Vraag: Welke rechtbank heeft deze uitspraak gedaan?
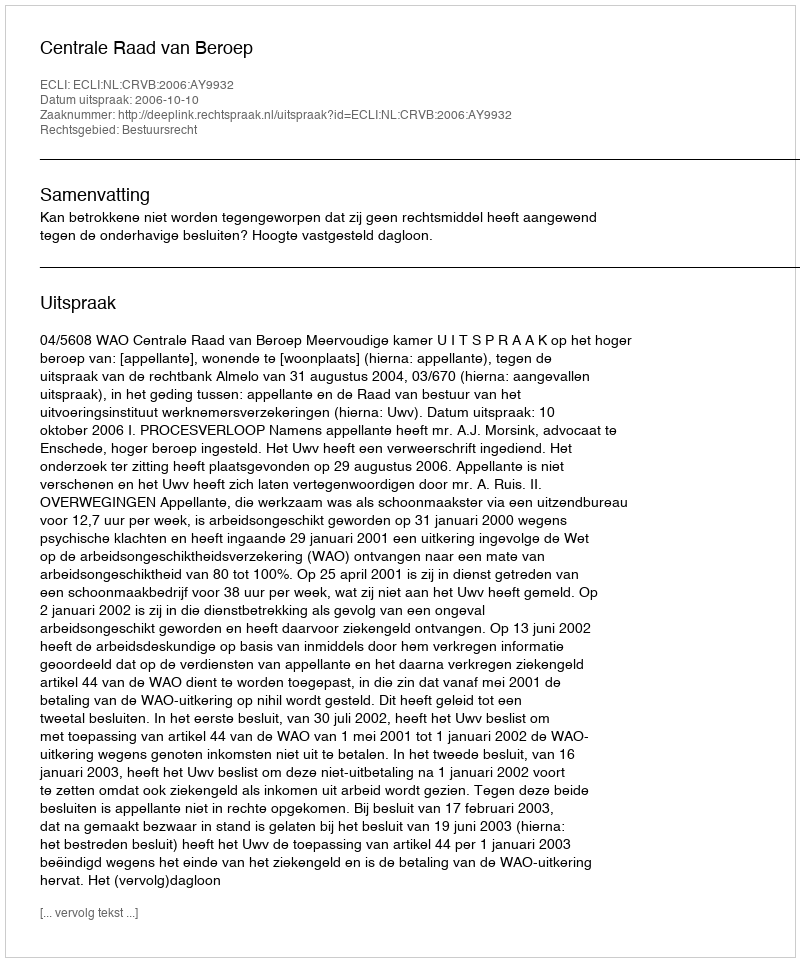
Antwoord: Centrale Raad van Beroep